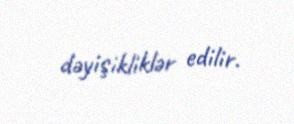
dəyişikliklər edilir.